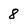
Character: 8